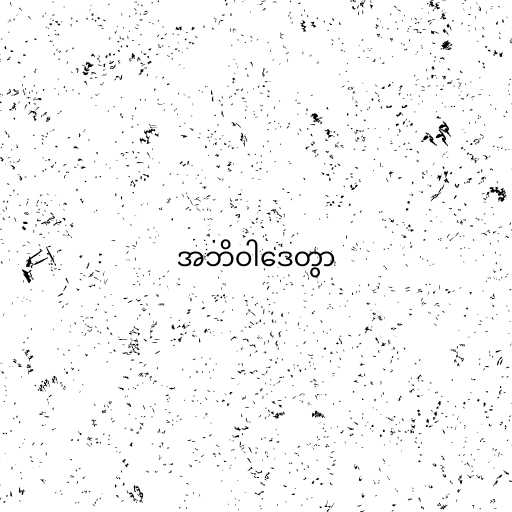
အဘိဝါဒေတွာ